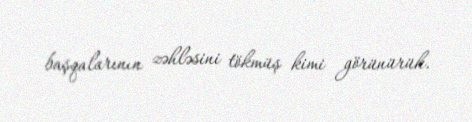
başqalarının zəhləsini tökmüş kimi görünürük.